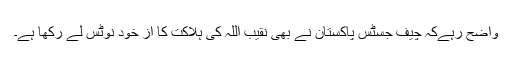
واضح رہےکہ چیف جسٹس پاکستان نے بھی نقیب اللہ کی ہلاکت کا از خود نوٹس لے رکھا ہے۔